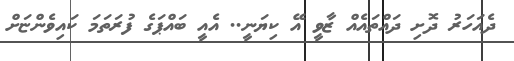
ދެއަހަރު ދޮށި ދައްތައެއް ޒާވީ އޭ ކިޔަނީ.. އެއީ ބައްޕަގެ ފުރަތަމަ ކައިވެންޏަށް